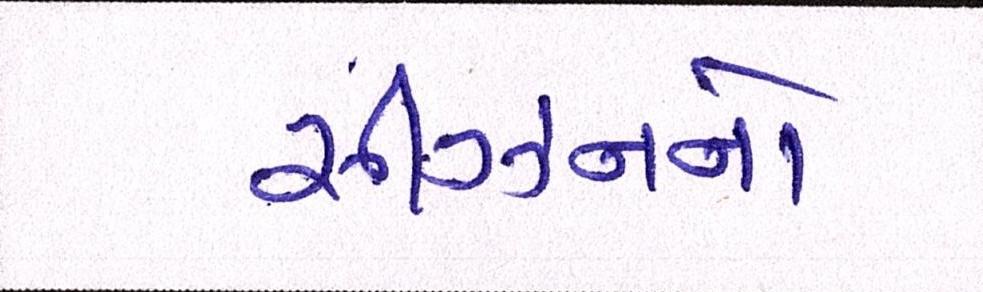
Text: સીઝનનો